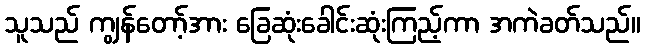
သူသည် ကျွန်တော့်အား ခြေဆုံးခေါင်းဆုံးကြည့်ကာ အကဲခတ်သည်။